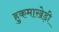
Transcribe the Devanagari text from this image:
हुकमाखेड़ी